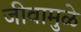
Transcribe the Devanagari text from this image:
जीवामुळे